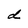
Character: d